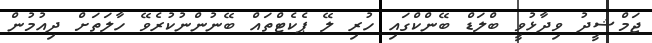
ޖަމްޝީދު ވިދާޅުވީ ބްލަޑް ބޭންކްގައި ހުރި ލޭ ޕެކެޓްތައް ބޭނުންނުކުރެވޭ ހާލަތަށް ދިއުމުން